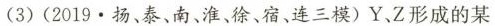
(3)(2019.杨、泰、南、淮、徐、宿、连三模)Y、Z形成的某